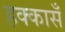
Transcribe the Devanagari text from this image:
हक्कासँ